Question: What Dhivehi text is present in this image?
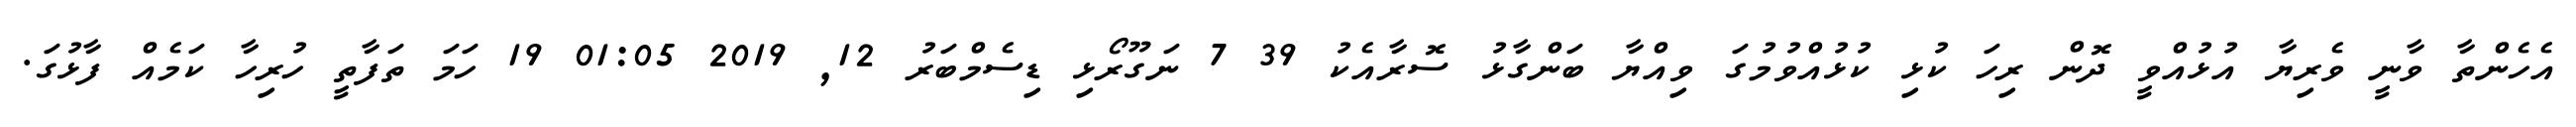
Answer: އެހެންތާ ވާނީ ވެރިޔާ އުޅުއްވީ ދޮން ރިހަ ކުޅި ކުޅުއްވުމުގަ ވިއްޔާ ބަންގާޅު ސޮރާއެކު 39 7 ނަގޫރޯޅި ޑިސެމްބަރު 12, 2019 01:05 19 ހަމަ ތަފާތީ ހުރިހާ ކަމެއް ފާޅުގަ.